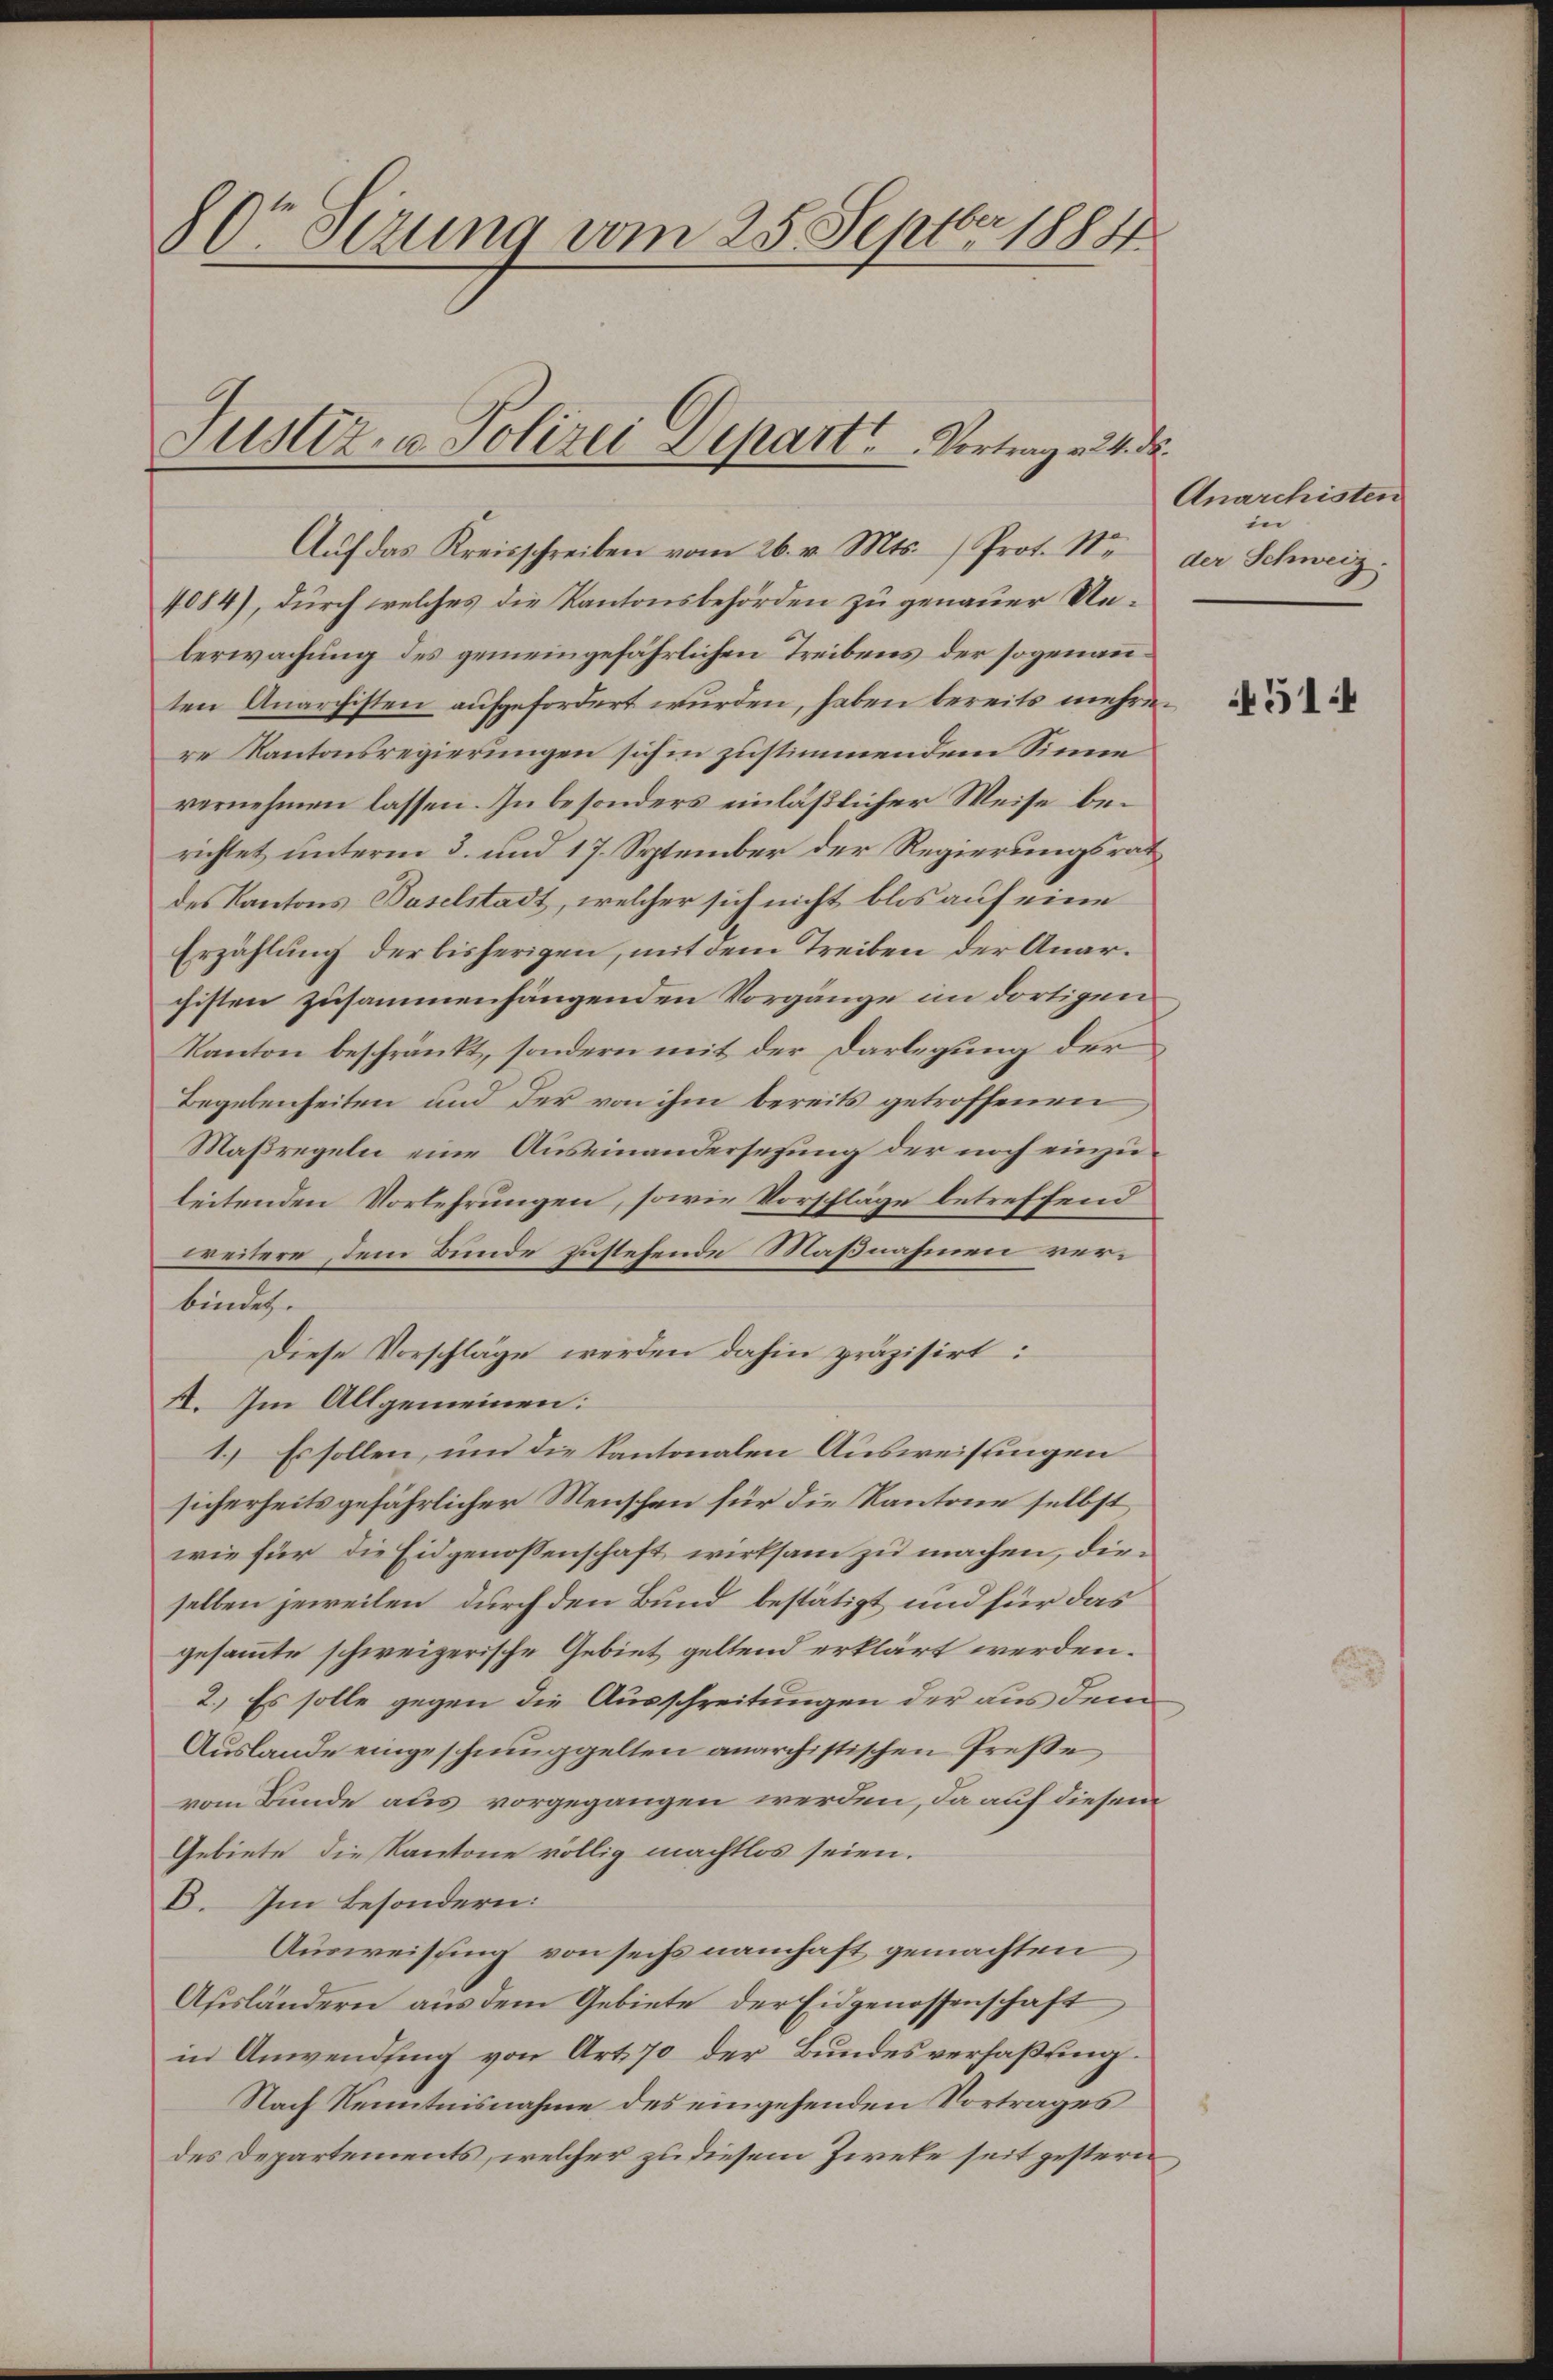
80r Otzung vom 25. Septbr. 1884

Justiz- u. Polizei Depart. Vortrag v. 24. ds.

Aŭf das Kreisschreiben vom 26. v. Mts. Prof. Str

4084), durch welches die Kantonsbehörden zu genauer Unberwachung des gemeingefährlichen Treibens der sogenanten Anarchisten aufgefordert wurden, haben bereits mehrere Kantonsregierungen sich in zustimmendem Sinne
vernehmen lassen. In besonders einläßlicher Weise berichtet unterm 3. und 17. September der Regierungsrat
des Kantons Baselstadt, welcher sich nicht blos auf eine
Erzählung der bisherigen, mit dem Treiben der Anarchisten zusammenhängenden Vorgänge im dortigen
Kanton beschränkt, sondern mit der Darlegung der
Begebenheiten und der von ihm bereits getroffenen
Maßregeln eine Auseinandersetzung der noch einzuleitenden Vorkehrungen, sowie Vorschläge betreffend
weitere dem Bunde zustehende Maßnahmen verbindet.
Diese Vorschläge werden dahin präzisirt:
II. Im Allgemeinen:
1.) Es sollen, und die kantonalen Ausweisungen
sicherheits gefährlicher Menschen für die Kantone selbst,
wie für die Eidgenossenschaft wirksam zu machen, dieselben jeweilen durch den Bund bestätigt und für das
gesammte schweizerische Gebiet geltend erklärt werden.
2.) Es solle gegen die Ausschreitungen der aus dem
Auslande eingeschmuggelten anarchistischen Preße
vom Bunde aus vorgegangen werden, da auf diesem
Gebiete die Kantone völlig machtlos seien.
B. Im Besondern:
Ausweissung von sechs namhaft gemachten
Ausländern aus dem Gebiete der Eidgenossenschaft
in Anwendung von Art. 70 der Bundesverfaßung
Nach Kenntnisnahme des eingehenden Vortrages
des Departements, welcher zu diesem Zweke seit gestern

Anarchisten
in
der Schweiz.

514